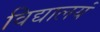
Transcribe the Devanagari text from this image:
विद्यालयं